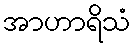
အာဟာရိသံ